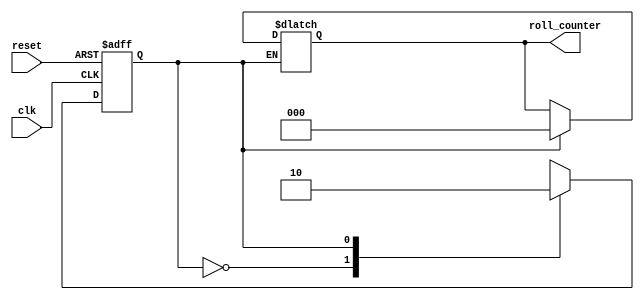
`timescale 1 ns / 1 ns

module counter
(clk,reset,roll_counter);

    //Variables
    input clk,reset;
    output reg [2:0] roll_counter;

    reg state,next_state;

    //State Assignment
    parameter S0 = 3'b000;
    parameter S1 = 3'b001;
    parameter S2 = 3'b010;
    parameter S3 = 3'b011;
    parameter S4 = 3'b100;
    parameter S5 = 3'b101;

    //State Register
    always @(posedge clk, posedge reset)
    begin
        if (reset)
            state <= S0;
        else
            state <= next_state;
    end

    //Next State
    always @(*)
    begin
        case (state)
            S0: next_state = S1;
            S1: next_state = S2;
            S2: next_state = (roll_counter < 6) ? S3 : S5;
            S3: next_state = S4;
            S4: next_state = S2;
            S5: next_state = S0;
            default: next_state = S0;
        endcase
    end

    //Output
    always @(*)
    begin
        if(state == S1)
            roll_counter = 0;
        if(state == S3)
            roll_counter = roll_counter + 1;
    end

endmodule//counter

module dice_game_ctrl
(roll_button1,roll_button2,roll_counter1,roll_counter2,reset,clk,diceout1,diceout2,result,roll);
    
    //Variables
    input roll_button1,roll_button2,reset,clk;
    input [2:0] roll_counter1,roll_counter2;
    output reg [2:0] diceout1,diceout2;
    output reg roll,result;

    reg [3:0] sum;
    integer chances;
    reg [4:0] state,next_state;

    //State Assignment
    parameter S0 = 5'b00000;
    parameter S1 = 5'b00001;
    parameter S2 = 5'b00010;
    parameter S3 = 5'b00011;
    parameter S4 = 5'b00100;
    parameter S5 = 5'b00101;
    parameter S6 = 5'b00110;
    parameter S7 = 5'b00111;
    parameter S8 = 5'b01000;
    parameter S9 = 5'b01001;
    parameter S10 = 5'b01010;
    parameter S11 = 5'b01011;
    parameter S12 = 5'b01100;
    parameter S13 = 5'b01101;
    parameter S14 = 5'b01110;
    parameter S15 = 5'b01111;
    parameter S16 = 5'b10000;
    parameter S17 = 5'b10001;
    parameter S18 = 5'b10010;
    parameter S19 = 5'b10011;
    parameter S20 = 5'b10100;
    parameter S21 = 5'b10101;
    parameter S22 = 5'b10110;
    parameter S23 = 5'b10111;
    parameter S24 = 5'b11000;
    parameter S25 = 5'b11001;

    //State Register
    always @(posedge clk, posedge reset)
    begin
        if (reset)
            state <= S0;
        else
            state <= next_state;
    end

    //Next State
    always @(*)
    begin
        case (state)
            S0: next_state = S1;
            S1: next_state = S2;
            S2: next_state = S3;
            S3: next_state = (chances > 0) ? S4 : S23;
            S4: next_state = (roll_button1 == 0 || roll_button2 == 0) ? S5 : S6;
            S5: next_state = S4;
            S6: next_state = S7;
            S7: next_state = S8;
            S8: next_state = S9;
            S9: next_state = (sum == 2 || sum == 3 || sum == 12) ? S10 : S13;
            S10: next_state = S11;
            S11: next_state = S12;
            S12: next_state = S21;
            S13: next_state = (sum == 7 || sum == 11) ? S14 : S17;
            S14: next_state = S15;
            S15: next_state = S16;
            S16: next_state = S21;
            S17: next_state = (chances == 1 && (sum != 7 || sum != 11)) ? S18 : S20;
            S18: next_state = S19;
            S19: next_state = S21;
            S20: next_state = S21;
            S21: next_state = S22;
            S22: next_state = S3;
            S23: next_state = S0;
            default: next_state = S0;
        endcase
    end

    //Output
    always @(*)
    begin
        if(state == S1)
            chances = 3;
        if(state == S2)
            roll = 1;
        if(state == S6)
            diceout1 = roll_counter1;
        if(state == S7)
            diceout2 = roll_counter2;
        if(state == S8)
            sum = diceout1 + diceout2;
        if(state == S10)
            result = 0;
        if(state == S11)
            roll = 0;
        if(state == S12)
            chances = 0;
        if(state == S14)
            result = 1;
        if(state == S15)
            roll = 0;
        if(state == S16)
            chances = 0;
        if(state == S18)
            result = 0;
        if(state == S19)
            roll = 0;
        if(state == S20)
            chances = chances - 1;
    end

endmodule//dice_game_ctrl

`ifdef tb

module dice_game_ctrl_tb;

    //Variables
    reg roll_button1,roll_button2,clk,reset;
    reg [2:0] roll_counter1,roll_counter2;
    wire [2:0] diceout1,diceout2;
    wire result,roll;

    //Instantiate module
    counter counter1 (.clk(clk), .reset(reset), .roll_counter(roll_counter1));
    counter counter2 (.clk(clk), .reset(reset), .roll_counter(roll_counter2));
    
    dice_game_ctrl game1 (.roll_button1(roll_button1), .roll_button2(roll_button2),
                      .roll_counter1(roll_counter1), .roll_counter2(roll_counter2), 
                      .reset(reset), .clk(clk), .diceout1(diceout1),
                      .diceout2(diceout2), .result(result), .roll(roll));

    initial begin
        roll_button1 = 0;
        roll_button2 = 0;
        reset = 0;
        clk = 0;
    end

    always
        #1 clk = !clk;

    initial begin
        $dumpfile("dice_game_ctrl_tb.vcd");
        $dumpvars;
    end

    initial begin
        #3 roll_button1 = 1;
        $finish;
    end

endmodule
`endif